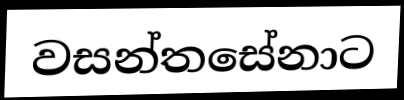
වසන්තසේනාට